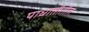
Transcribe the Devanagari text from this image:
पाधातीतील